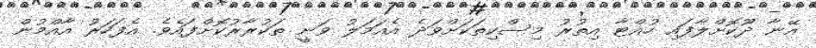
އޭނާ ދޫކޮށްލާފައި ހުއްޓާ އިތުރު މިސްކިތަކަށްވަދެ އެއަމަލު ވަނީ ތަކުރާރުކޮށްފައެވެ. އެފަހަރު އާއްމުން